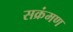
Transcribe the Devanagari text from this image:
सक्रंमण